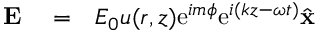
\begin{array} { r l r } { { \bf E } } & { { } = } & { E _ { 0 } u ( r , z ) \mathrm { e } ^ { i m \phi } \mathrm { e } ^ { i ( k z - \omega t ) } \hat { \bf x } } \end{array}